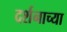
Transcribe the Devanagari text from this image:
दर्शनाच्या